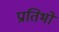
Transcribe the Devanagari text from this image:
प्रातिभो